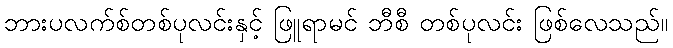
ဘားပလက်စ်တစ်ပုလင်းနှင့် ဖြူရာမင် ဘီစီ တစ်ပုလင်း ဖြစ်လေသည်။